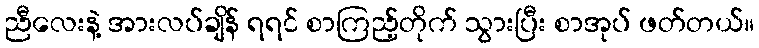
ညီလေးနဲ့ အားလပ်ချိန် ရရင် စာကြည့်တိုက် သွားပြီး စာအုပ် ဖတ်တယ်။